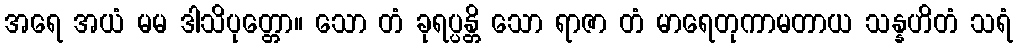
အရေ အယံ မမ ဒါသိပုတ္တော။ သော တံ ခုရပ္ပန္တိ သော ရာဇာ တံ မာရေတုကာမတာယ သန္နဟိတံ သရံ